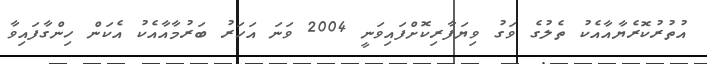
އުތުރުކޮރެޔާއާއެކު ތެލުގެ ވަގު ވިޔަފާރިކޮށްފައިވަނީ 2004 ވަނަ އަހަރު ބަރުމާއާއެކު އެކަން ހިންގާފައިވާ